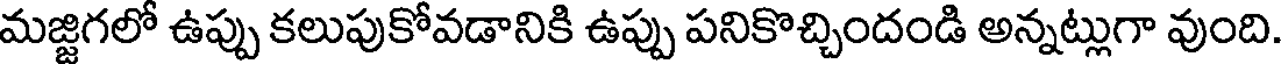
మజ్జిగలో ఉప్పు కలుపుకోవడానికి ఉప్పు పనికొచ్చిందండి అన్నట్లుగా వుంది.